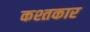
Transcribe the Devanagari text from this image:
कश्तकार